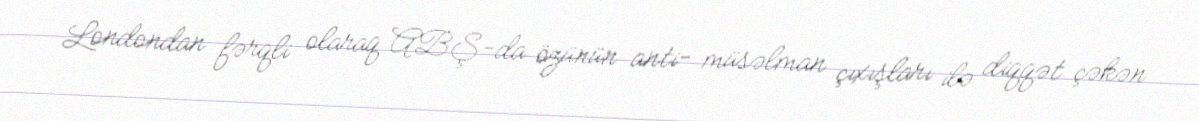
Londondan fərqli olaraq ABŞ-da özünün anti- müsəlman çıxışları ilə diqqət çəkən